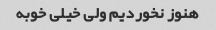
هنوز نخوردیم ولی خیلی خوبه